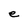
Character: e